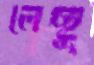
লেছু